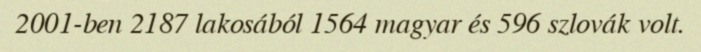
2001-ben 2187 lakosából 1564 magyar és 596 szlovák volt.